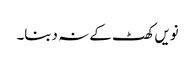
نویں کھٹ کے نہ دبنا۔